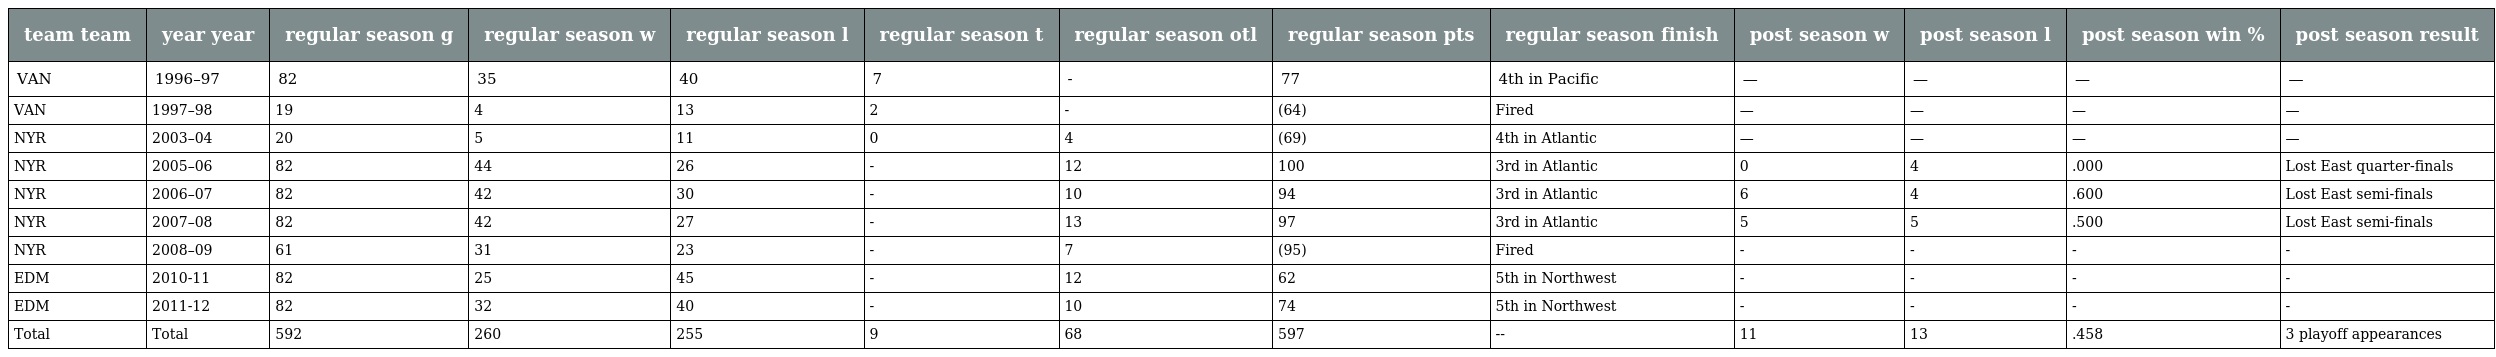
| team team | year year | regular season g | regular season w | regular season l | regular season t | regular season otl | regular season pts | regular season finish | post season w | post season l | post season win % | post season result |
 | --- | --- | --- | --- | --- | --- | --- | --- | --- | --- | --- | --- | --- |
 | VAN | 1996–97 | 82 | 35 | 40 | 7 | - | 77 | 4th in Pacific | — | — | — | — |
 | VAN | 1997–98 | 19 | 4 | 13 | 2 | - | (64) | Fired | — | — | — | — |
 | NYR | 2003–04 | 20 | 5 | 11 | 0 | 4 | (69) | 4th in Atlantic | — | — | — | — |
 | NYR | 2005–06 | 82 | 44 | 26 | - | 12 | 100 | 3rd in Atlantic | 0 | 4 | .000 | Lost East quarter-finals |
 | NYR | 2006–07 | 82 | 42 | 30 | - | 10 | 94 | 3rd in Atlantic | 6 | 4 | .600 | Lost East semi-finals |
 | NYR | 2007–08 | 82 | 42 | 27 | - | 13 | 97 | 3rd in Atlantic | 5 | 5 | .500 | Lost East semi-finals |
 | NYR | 2008–09 | 61 | 31 | 23 | - | 7 | (95) | Fired | - | - | - | - |
 | EDM | 2010-11 | 82 | 25 | 45 | - | 12 | 62 | 5th in Northwest | - | - | - | - |
 | EDM | 2011-12 | 82 | 32 | 40 | - | 10 | 74 | 5th in Northwest | - | - | - | - |
 | Total | Total | 592 | 260 | 255 | 9 | 68 | 597 | -- | 11 | 13 | .458 | 3 playoff appearances |